Vaccination in the Punjab 1905-1918 - 1905-1918
Year: 1905
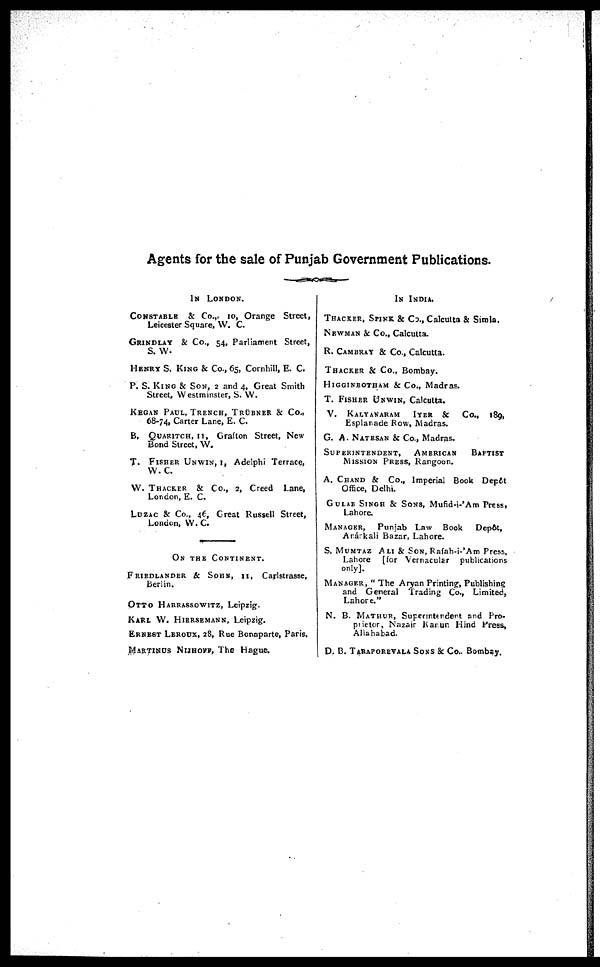
Agents for the sale of Punjab Government Publications.
IN LONDON.
CONSTABLE & Co.,. 10, Orange Street,
Leicester Square, W. C.
GRINDLAY & Co., 54, Parliament Street,
S. W.
HENRY S. KING & Co., 65, Cornhill, E. C.
P. S. KING & SON, 2 and 4, Great Smith
Street, Westminster, S. W.
KEGAN PAUL, TRENCH, TRÜBNER & Co.,
68-74, Carter Lane, E. C.
B. QUARITCH, 11, Grafton Street, New
Bond Street, W.
T. FISHER UNWIN, I, Adelphi Terrace,
W.C.
W. THACKER & Co., 2, Creed Lane,
London, E. C.
LUZAC & Co., 46, Great Russell Street,
London, W. C.
ON THE CONTINENT.
FRIEDLANDER & SOHN, II, Carlstrasse,
Berlin.
OTTO HARRASSOWITZ, Leipzig.
KARL W. HIERSEMANN, Leipzig.
ERNEST LEROUX, 28, Rue Bonaparte, Paris.
MARTINUS NIJHOFF, The Hague.
IN INDIA.
THACKER, SPINK & Co., Calcutta & Simla.
NEWMAN & Co., Calcutta.
R. CAMBRAY & Co., Calcutta.
THACKER & Co., Bombay.
HIGGINBOTHAM & Co., Madras.
T. FISHER UNWIN, Calcutta.
V. KALYANARAM IYER & Co., 189,
Esplanade Row, Madras.
G. A. NATESAN & Co., Madras.
SUPERINTENDENT, AMERICAN
BAPTIST
MISSION PRESS, Rangoon.
A. CHAND & Co., Imperial Book Depôt
Office, Delhi.
GULAB SINGH & SONS, Mufid-i-'Am Press,
Lahore.
MANAGER, Punjab Law Book
Depôt,
Anárkali Bazar, Lahore.
S. MUMTAZ ALI & SON, Rafah-i-'Am Press,
Lahore [for Vernacular publications
only].
MANAGER, "The Aryan Printing, Publishing
and General Trading Co., Limited,
Lahore."
N. B. MATHUR, Superintendent and Pro-
prietor, Nazair Kanun Hind Press,
Allahabad.
D. B. TARAPOREVALA SONS & Co.. Bombay.